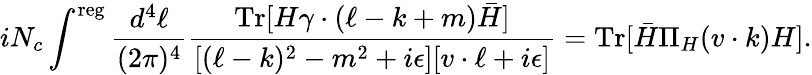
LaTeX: iN_{c}\int^{\mathrm{reg}}\frac{d^{4}\ell}{(2\pi)^{4}}\frac{\mathrm{Tr}[H\gamma\cdot(\ell-k+m)\bar{H}]}{[(\ell-k)^{2}-m^{2}+i\epsilon][v\cdot\ell+i\epsilon]}=\mathrm{Tr}[\bar{H}\Pi_{H}(v\cdot k)H].